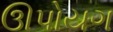
ઊપોયગ